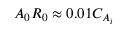
A _ { 0 } R _ { 0 } \approx 0 . 0 1 C _ { A _ { i } }